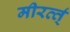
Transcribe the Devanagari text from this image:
मीरर्त्त्